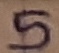
Text: 5